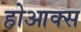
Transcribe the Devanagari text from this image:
होआक्स